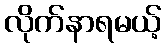
လိုက်နာရမယ့်